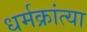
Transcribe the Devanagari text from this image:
धर्मक्रांत्या